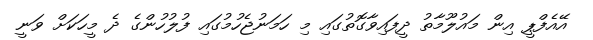
އޭއެފްޕީ އިން މައުލޫމާތު ދީފައިވާގޮތުގައި މި ހަމަނުޖެހުމުގައި ފުލުހުންގެ ދެ މީހަކަށް ވަނީ